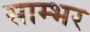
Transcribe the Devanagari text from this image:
साम्‍भर